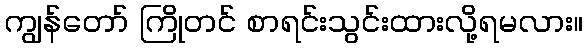
ကျွန်တော် ကြိုတင် စာရင်းသွင်းထားလို့ရမလား။